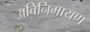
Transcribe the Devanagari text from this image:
अबिनिमायण